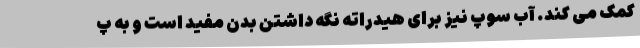
کمک می کند. آب سوپ نیز برای هیدراته نگه داشتن بدن مفید است و به پ